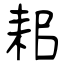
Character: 耜